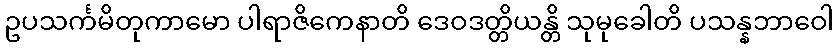
ဥပသင်္ကမိတုကာမော ပါရာဇိကေနာတိ ဒေဝဒတ္တိယန္တိ သုမုခေါတိ ပသန္နဘာဝေါ